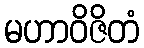
မဟာဝိဇိတံ